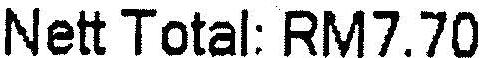
NETT TOTAL: RM7.70